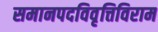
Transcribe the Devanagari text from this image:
समानपदविवृत्तिविराम